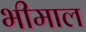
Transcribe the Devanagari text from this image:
भीमाल